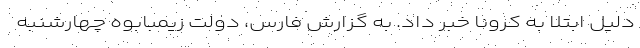
دلیل ابتلا به کرونا خبر داد. به گزارش فارس، دولت زیمبابوه چهارشنبه